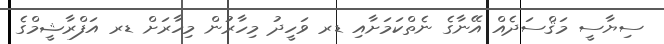
ސިޔާސީ މަޤްސަދެއް އޭނާގެ ނެތްކަމަށާއި ޑރ ވަހީދު މިހާރުން މިހާރަށް ޑރ އަފްރާޝީމްގެ